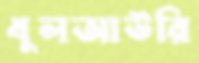
ধুলআউরি